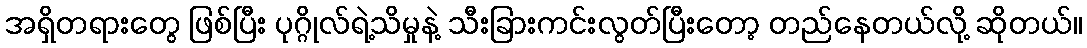
အရှိတရားတွေ ဖြစ်ပြီး ပုဂ္ဂိုလ်ရဲ့သိမှုနဲ့ သီးခြားကင်းလွတ်ပြီးတော့ တည်နေတယ်လို့ ဆိုတယ်။